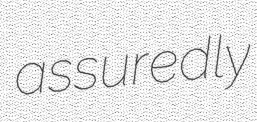
assuredly